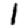
Digit: 1